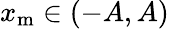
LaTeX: x_{\mathrm{m}}\in(-A,A)